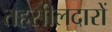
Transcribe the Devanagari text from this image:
तहसीलदारों